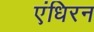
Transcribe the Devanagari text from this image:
एंधिरन